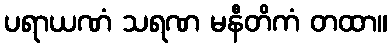
ပရာယဏံ သရဏ မနီတိကံ တထာ။